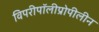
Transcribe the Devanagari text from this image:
विपरीपॉलीप्रोपीलीन